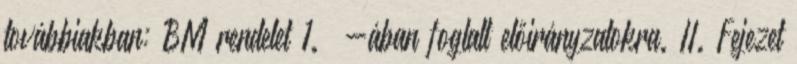
továbbiakban: BM rendelet 1. §-ában foglalt előirányzatokra. II. Fejezet